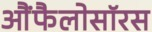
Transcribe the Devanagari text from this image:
आैंफैलोसॉरस